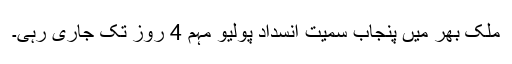
ملک بھر میں پنجاب سمیت انسداد پولیو مہم 4 روز تک جاری رہی۔